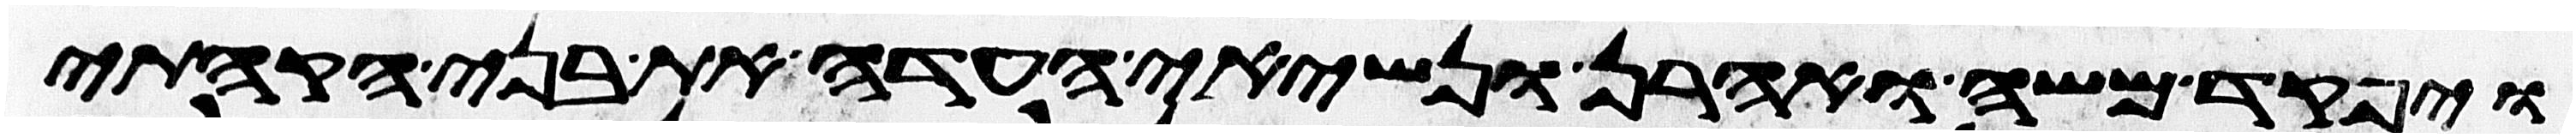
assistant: ויפקד משה ואהרן ונשיאי העדה את בני הקהתי